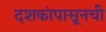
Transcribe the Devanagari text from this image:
दशकांपासूनची